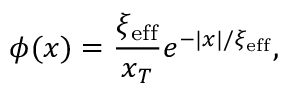
\phi ( x ) = \frac { \xi _ { \mathrm { e f f } } } { x _ { T } } e ^ { - | x | / \xi _ { \mathrm { e f f } } } ,